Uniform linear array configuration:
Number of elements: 48
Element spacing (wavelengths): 0.75
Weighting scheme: blackman
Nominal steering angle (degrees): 0
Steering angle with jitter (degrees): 1.683
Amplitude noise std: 0.05
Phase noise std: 0.05

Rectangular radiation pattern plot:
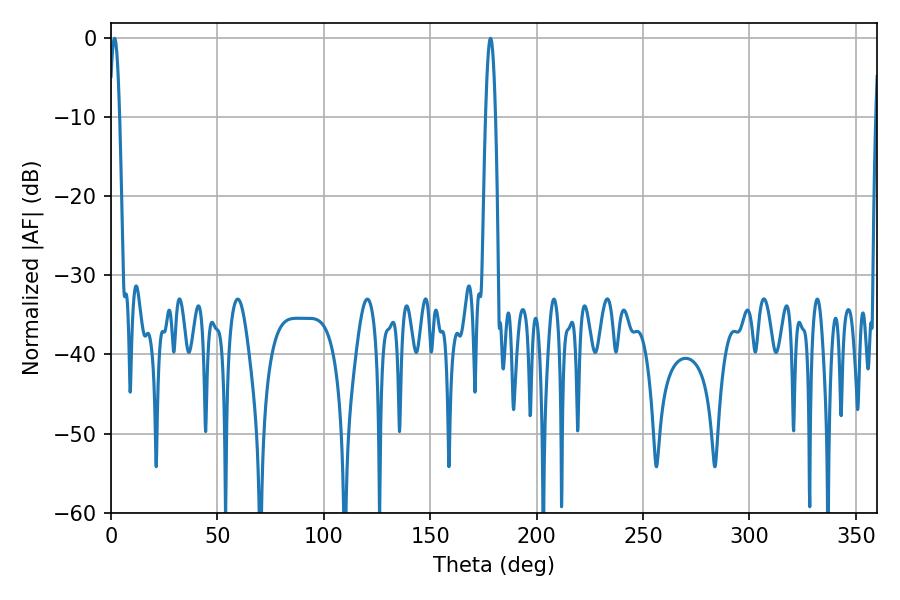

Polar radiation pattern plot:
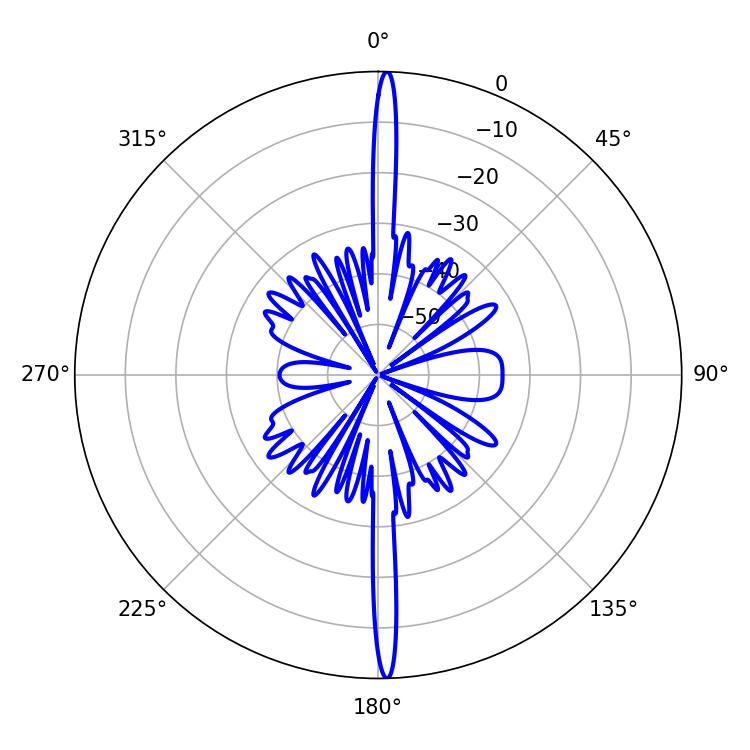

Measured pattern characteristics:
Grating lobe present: TRUE
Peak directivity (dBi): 28.316
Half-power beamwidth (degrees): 2.52
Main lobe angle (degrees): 178.38